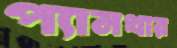
প্যানথার